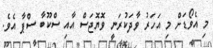
މި އެވޯޑަށް މި އަހަރު ވާދަކުރަނީ ވޮޔޮޖަސް އާއި ސްކޫބާ ސްޕާ އެވެ.